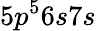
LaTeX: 5p^{5}6s7s